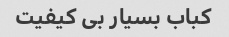
کباب بسیار بی کیفیت